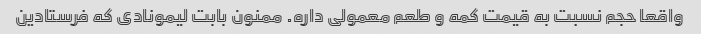
واقعا حجم نسبت به قیمت کمه و طعم معمولی داره. ممنون بابت لیمونادی که فرستادین